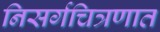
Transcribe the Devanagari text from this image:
निसर्गचित्रणात